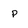
Character: p